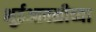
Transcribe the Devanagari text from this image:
भुईआवळीच्या